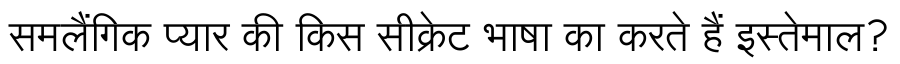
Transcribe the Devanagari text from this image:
समलैंगिक प्यार की किस सीक्रेट भाषा का करते हैं इस्तेमाल?